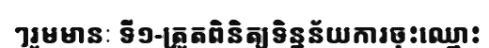
ៗរួមមានៈ ទី១-ត្រួតពិនិត្យទិន្នន័យការចុះឈ្មោះ